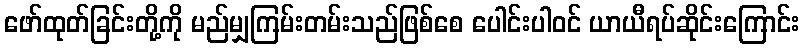
ဖော်ထုတ်ခြင်းတို့ကို မည်မျှကြမ်းတမ်းသည်ဖြစ်စေ ပေါင်းပါဝင် ယာယီရပ်ဆိုင်းကြောင်း